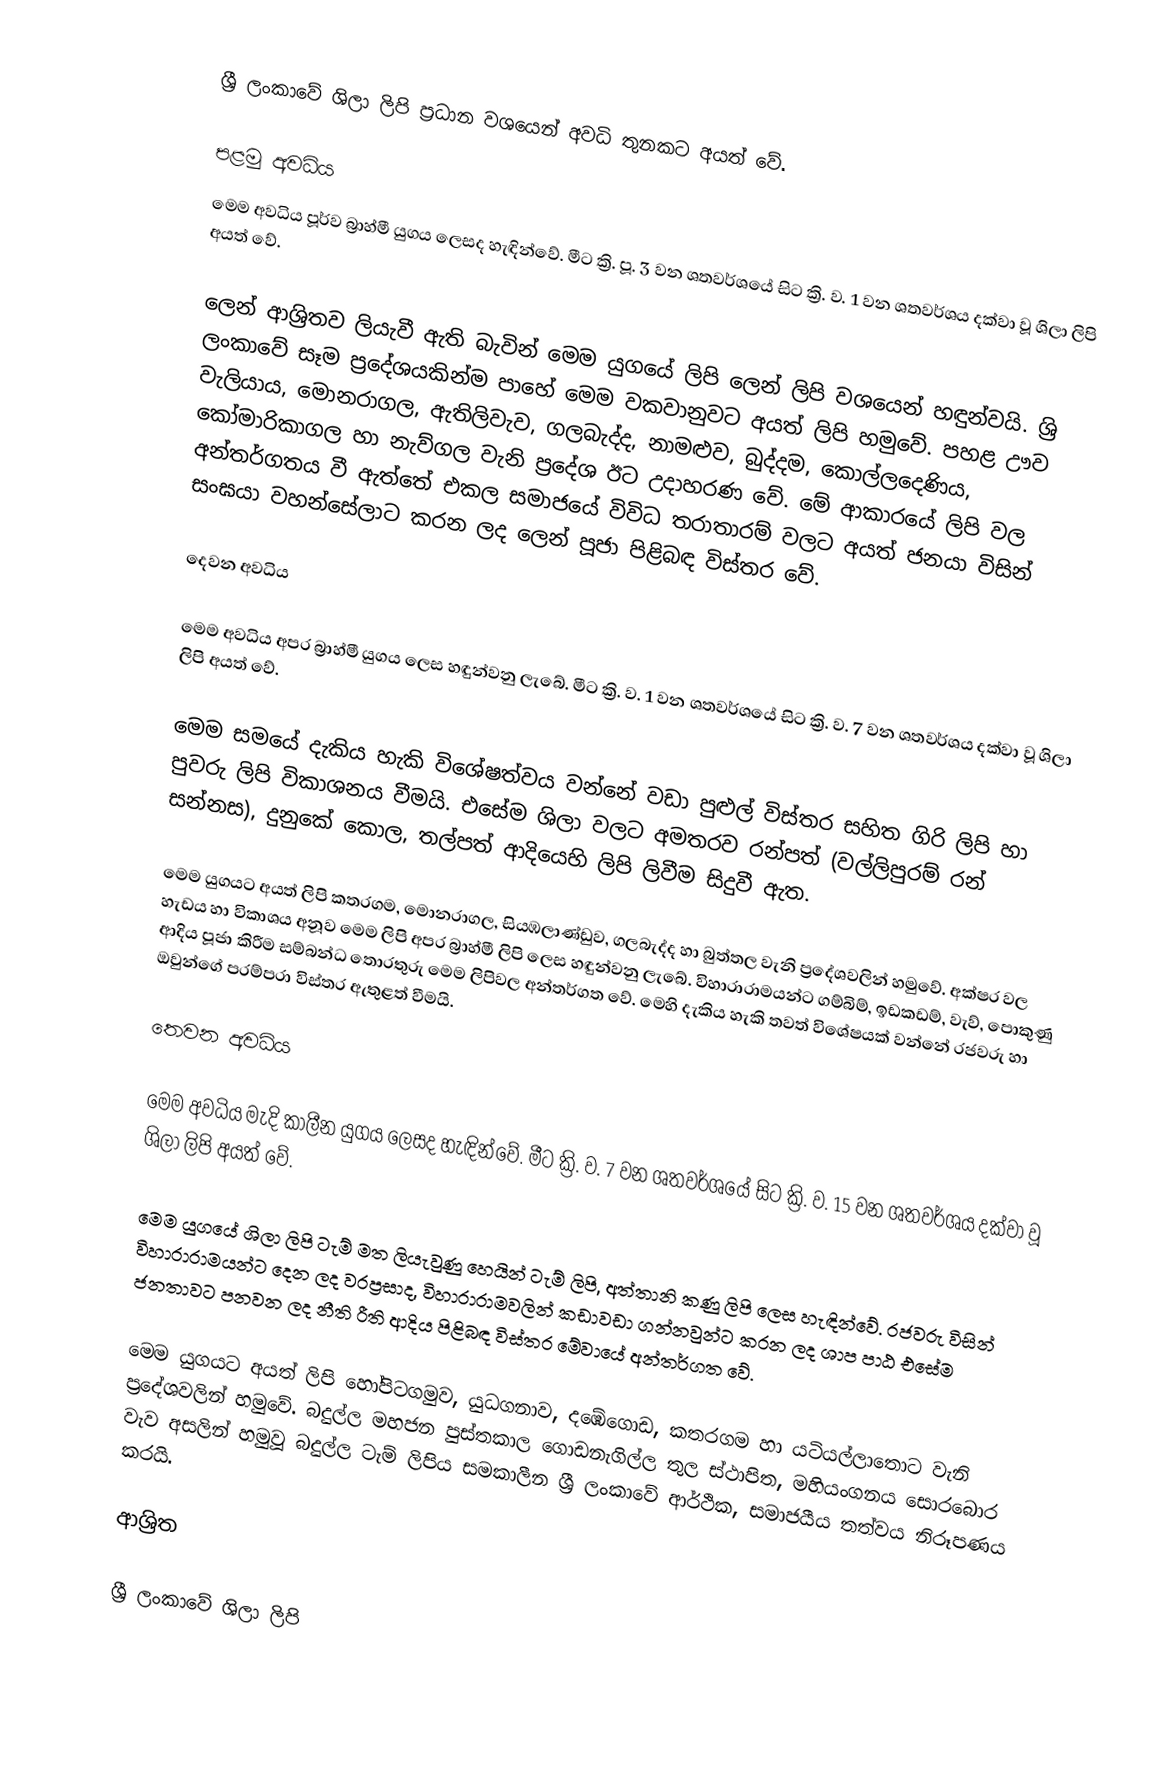
ශ්‍රී ලංකාවේ ශිලා ලිපි ප්‍රධාන වශයෙන් අවධි තුනකට අයත් වේ.

පළමු අවධිය
මෙම අවධිය පූර්ව බ්‍රාහ්මී යුගය ලෙසද හැඳින්වේ. මීට ක්‍රි. පූ. 3 වන ශතවර්ශයේ සිට ක්‍රි. ව. 1 වන ශතවර්ශය දක්වා වූ ශිලා ලිපි අයත් වේ.

ලෙන් ආශ්‍රිතව ලියැවී ඇති බැවින් මෙම යුගයේ ලිපි ලෙන් ලිපි වශයෙන් හඳුන්වයි. ශ්‍රි ලංකාවේ සෑම ප්‍රදේශයකින්ම පාහේ මෙම වකවානුවට අයත් ලිපි හමුවේ. පහළ ඌව වැලියාය, මොනරාගල, ඇතිලිවැව, ගලබැද්ද, නාමළුව, බුද්දම, කොල්ලදෙණිය, කෝමාරිකාගල හා නැව්ගල වැනි ප්‍රදේශ ඊට උදාහරණ වේ. මේ ආකාරයේ ලිපි වල අන්තර්ගතය වී ඇත්තේ එකල සමාජයේ විවිධ තරාතාරම් වලට අයත් ජනයා විසින් සංඝයා වහන්සේලාට කරන ලද ලෙන් පූජා පිළිබඳ විස්තර වේ.

දෙවන අවධිය

මෙම අවධිය අපර බ්‍රාහ්මී යුගය ලෙස හඳුන්වනු ලැබේ. මීට ක්‍රි. ව. 1 වන ශතවර්ශයේ සිට ක්‍රි. ව. 7 වන ශතවර්ශය දක්වා වූ ශිලා ලිපි අයත් වේ.

මෙම සමයේ දැකිය හැකි විශේෂත්වය වන්නේ වඩා පුළුල් විස්තර සහිත ගිරි ලිපි හා පුවරු ලිපි විකාශනය වීමයි. එසේම ශිලා වලට අමතරව රන්පත් (වල්ලිපුරම් රන් සන්නස), දුනුකේ කොල, තල්පත් ආදියෙහි ලිපි ලිවීම සිදුවී ඇත.

මෙම යුගයට අයත් ලිපි කතරගම, මොනරාගල, සියඹලාණ්ඩුව, ගලබැද්ද හා බුත්තල වැනි ප්‍රදේශවලින් හමුවේ. අක්ෂර වල හැඩය හා විකාශය අනූව මෙම ලිපි අපර බ්‍රාහ්මී ලිපි ලෙස හඳුන්වනු ලැබේ. විහාරාරාමයන්ට ගම්බිම්, ඉඩකඩම්, වැව්, පොකුණු ආදිය පූජා කිරීම සම්බන්ධ තොරතුරු මෙම ලිපිවල අන්තර්ගත වේ. මෙහි දැකිය හැකි තවත් විශේෂයක් වන්නේ රජවරු හා ඔවුන්ගේ පරම්පරා විස්තර ඇතුළත් වීමයි.

තෙවන අවධිය

මෙම අවධිය මැදි කාලීන යුගය ලෙසද හැඳින්වේ. මීට ක්‍රි. ව. 7 වන ශතවර්ශයේ සිට ක්‍රි. ව. 15 වන ශතවර්ශය දක්වා වූ ශිලා ලිපි අයත් වේ.

මෙම යුගයේ ශිලා ලිපි ටැම් මත ලියැවුණු හෙයින් ටැම් ලිපි, අත්තානි කණු ලිපි ලෙස හැඳින්වේ. රජවරු විසින් විහාරාරාමයන්ට දෙන ලද වරප්‍රසාද, විහාරාරාමවලින් කඩාවඩා ගන්නවුන්ට කරන ලද ශාප පාඨ එසේම ජනතාවට පනවන ලද නීති රීති ආදිය පිළිබඳ විස්තර මේවායේ අන්තර්ගත වේ.

මෙම යුගයට අයත් ලිපි හෝපිටගමුව, යුධගනාව, දඹේගොඩ, කතරගම හා යටියල්ලාතොට වැනි ප්‍රදේශවලින් හමුවේ. බදුල්ල මහජන පුස්තකාල ගොඩනැගිල්ල තුල ස්ථාපිත, මහියංගනය සොරබොර වැව අසලින් හමුවූ බදුල්ල ටැම් ලිපිය සමකාලීන ශ්‍රී ලංකාවේ ආර්ථික, සමාජයීය තත්වය නිරූපණය කරයි.

ආශ්‍රිත

ශ්‍රී ලංකාවේ ශිලා ලිපි